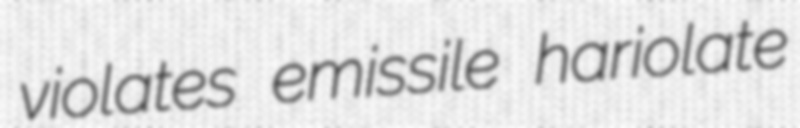
violates emissile hariolate